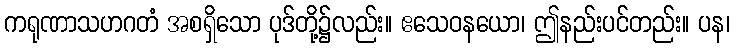
ကရုဏာသဟဂတံ အစရှိသော ပုဒ်တို့၌လည်း။ ဧသေဝနယော၊ ဤနည်းပင်တည်း။ ပန၊